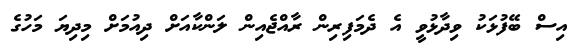
އިސް ބޭފުޅަކު ވިދާޅުވީ އެ ދެމަފިރިން ރާއްޖެއިން ލަންކާއަށް ދިއުމަށް މިދިޔަ މަހުގެ